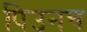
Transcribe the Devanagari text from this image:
पिउनच